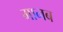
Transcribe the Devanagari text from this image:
मानब